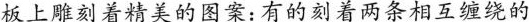
板上雕刻着精美的图案：有的刻着两条相互缠绕的